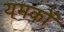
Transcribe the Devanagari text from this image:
यमकों